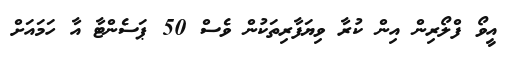
އީވޯ ފްލޯރިން އިން ކުރާ ވިޔަފާރިތަކުން ވެސް 50 ޕަސެންޓާ އާ ހަމައަށް